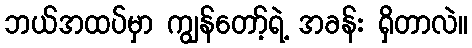
ဘယ်အထပ်မှာ ကျွန်တော့်ရဲ့ အခန်း ရှိတာလဲ။